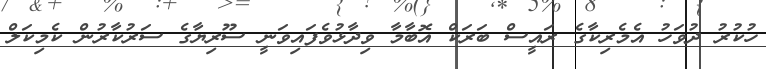
ހުކުރު ދުވަހު އެމެރިކާގެ ރައީސް ބަރަކް އޮބާމާ ވިދާޅުވެފައިވަނީ ސޫރިޔާގެ ސަރުކާރުން ކެމިކަލް